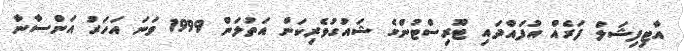
އާޓިފިޝަލް ފަރެއް އުފައްދައި ޓޫރިސްޓުންގެ ޝައުގުވެރިކަން އަތުލަން 1999 ވަނަ އަހަރު އަންސާނާ